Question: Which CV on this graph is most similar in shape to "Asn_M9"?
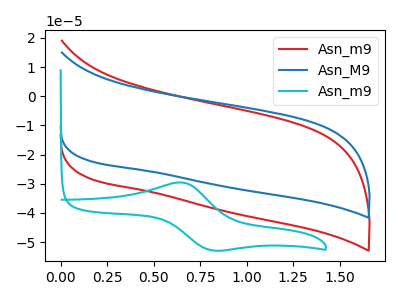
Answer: <think>The red curve "Asn_m9" has no peaks. The blue curve "Asn_M9" has no peaks. The cyan curve "Asn_m9" has an anodic peak at (0.65V, -29.60uA) and a cathodic peak at (0.80V, -52.85uA).
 Neither "Asn_m9" or "Asn_M9" have any peaks. "Asn_m9" and "Asn_m9" have a different number of peaks. "Asn_M9" and "Asn_m9" have a different number of peaks.</think>
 <answer>The CV with the most similar shape to "Asn_m9" is "Asn_M9".</answer>
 <eval>"Asn_M9"</eval>